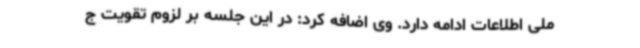
ملی اطلاعات ادامه دارد. وی اضافه کرد: در این جلسه بر لزوم تقویت ج